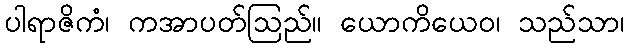
ပါရာဇိကံ၊ ကအာပတ်ဩည်။ ယောကိယေဝ၊ သည်သာ၊